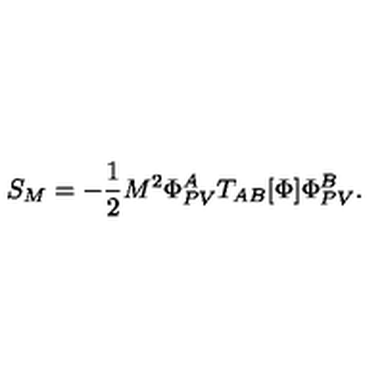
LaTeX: S _ { M } = - \frac { 1 } { 2 } M ^ { 2 } \Phi _ { P V } ^ { A } T _ { A B } [ \Phi ] \Phi _ { P V } ^ { B } .